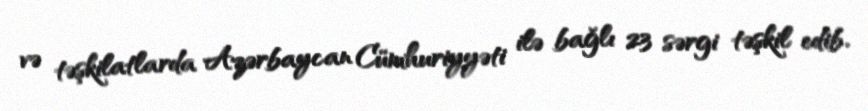
və təşkilatlarda Azərbaycan Cümhuriyyəti ilə bağlı 23 sərgi təşkil edib.